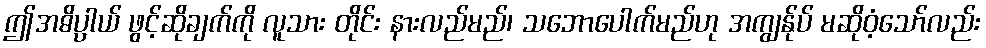
ဤအဓိပ္ပာယ် ဖွင့်ဆိုချက်ကို လူသား တိုင်း နားလည်မည်၊ သဘောပေါက်မည်ဟု အကျွန်ုပ် မဆိုဝံ့သော်လည်း